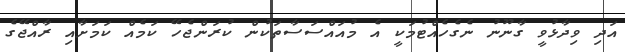
އަދި ވިދާޅުވީ ގާނޫނު ނެގެހެއްޓުމަކީ އެ މުއައްސަސާތަކުން ކުރަންޖެހޭ ކަމެއް ކަމަށާއި ރާއްޖޭގެ